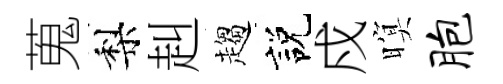
蒐梨赳趨説戍暝胞